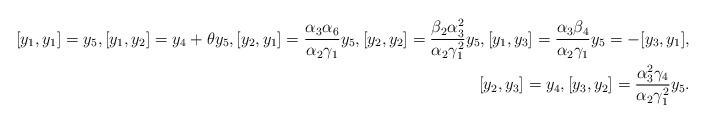
LaTeX: \begin{align*}[y_1, y_1]=y_5, [y_1, y_2]=y_4+\theta y_5, [y_2, y_1]=\frac{\alpha_3\alpha_6}{\alpha_2\gamma_1}y_5, [y_2, y_2]=\frac{\beta_2\alpha^2_3}{\alpha_2\gamma^2_1}y_5, [y_1, y_3]=\frac{\alpha_3\beta_4}{\alpha_2\gamma_1}y_5=-[y_3, y_1], \\ [y_2, y_3]=y_4, [y_3, y_2]=\frac{\alpha^2_3\gamma_4}{\alpha_2\gamma^2_1}y_5.\end{align*}